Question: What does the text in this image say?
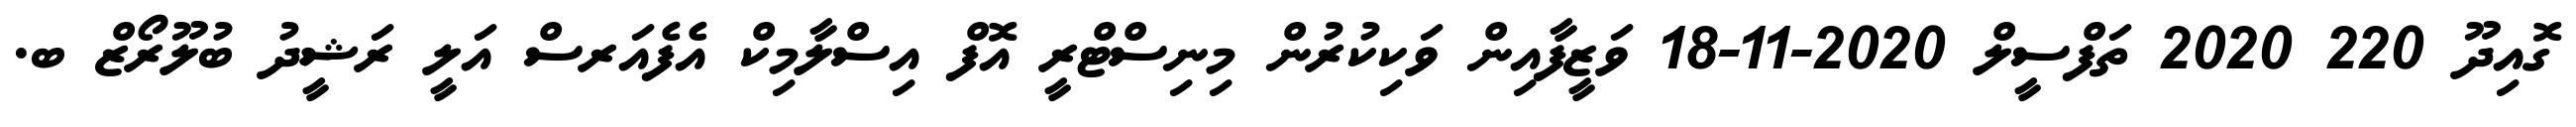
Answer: ގޮއިދޫ 220 2020 ތަފްސީލް 2020-11-18 ވަޒީފާއިން ވަކިކުރުން މިނިސްޓްރީ އޮފް އިސްލާމިކް އެފެއަރސް އަލީ ރަޝީދު ބުލޫރޯޒް ބ.